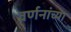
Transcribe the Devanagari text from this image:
वर्णनांच्या